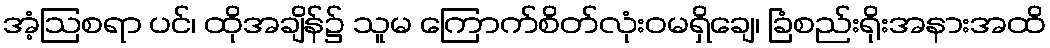
အံ့ဩစရာ ပင်၊ ထိုအချိန်၌ သူမ ကြောက်စိတ်လုံးဝမရှိချေ၊ ခြံစည်းရိုးအနားအထိ